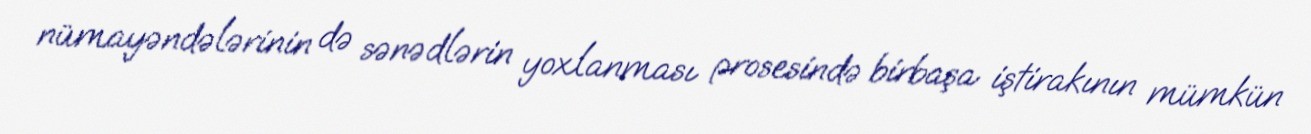
nümayəndələrinin də sənədlərin yoxlanması prosesində birbaşa iştirakının mümkün